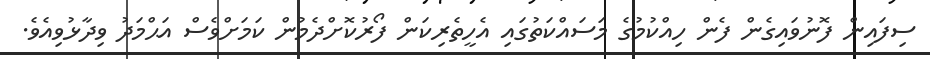
ސިފައިން ފޮނުވައިގެން ފެން ހިއްކުމުގެ މަސައްކަތުގައި އެހީތެރިކަން ފޯރުކޮށްދެމުން ކަމަށްވެސް އަޙްމަދު ވިދާޅުވިއެވެ.